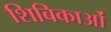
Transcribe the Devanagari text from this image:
शिबिकाओं